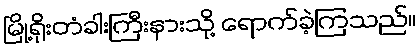
မြို့ရိုးတံခါးကြီးနားသို့ ရောက်ခဲ့ကြသည်။